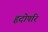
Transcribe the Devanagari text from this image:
हृदोपरि